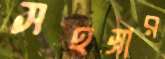
সহস্রার